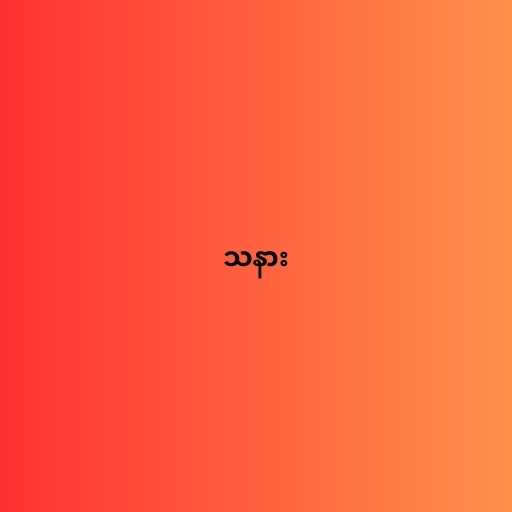
သနား